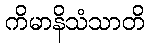
ကိမာနိသံသာတိ